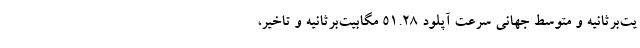
یت‌برثانیه و متوسط جهانی سرعت آپلود ۵۱.۲۸ مگابیت‌برثانیه و تاخیر،